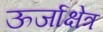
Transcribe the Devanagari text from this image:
ऊर्जाक्षेत्र